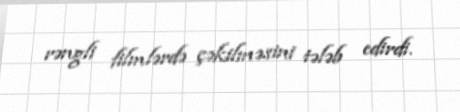
rəngli filmlərdə çəkilməsini tələb edirdi.